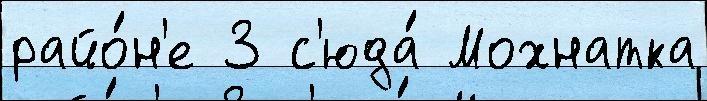
райо́н'е 3 с'юда́ Мохнатка